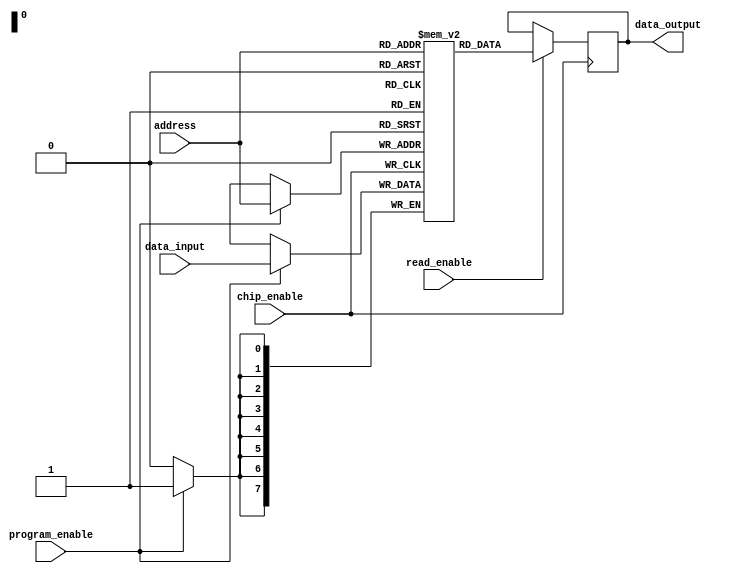
module anti_fuse_ROM (
  input wire [7:0] address,
  input wire chip_enable,
  input wire program_enable,
  input wire read_enable,
  input wire [7:0] data_input,
  output reg [7:0] data_output
);

  reg [7:0] memory [0:255];

  always @ (posedge chip_enable) begin
    if (program_enable) begin
      memory[address] <= data_input;
    end
    if (read_enable) begin
      data_output <= memory[address];
    end
  end

endmodule